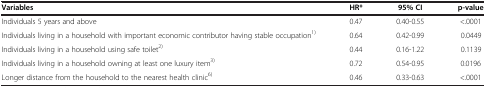
| Variables | HR* | 95% CI | p-value |
 | --- | --- | --- | --- |
 | Individuals 5 years and above | 0.47 | 0.40-0.55 | <.0001 |
 | Individuals living in a household with important economic contributor having stable occupation1) | 0.64 | 0.42-0.99 | 0.0449 |
 | Individuals living in a household using safe toilet2) | 0.44 | 0.16-1.22 | 0.1139 |
 | Individuals living in a household owning at least one luxury item3) | 0.72 | 0.54-0.95 | 0.0196 |
 | Longer distance from the household to the nearest health clinic6) | 0.46 | 0.33-0.63 | <.0001 |